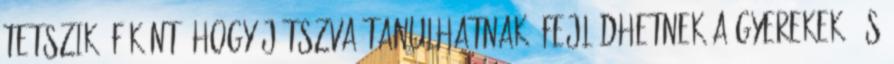
tetszik. Főként, hogy játszva tanulhatnak, fejlődhetnek a gyerekek, és